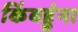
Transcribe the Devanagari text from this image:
किंबहुंना